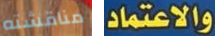
مناقشته والاعتماد